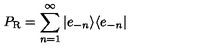
P _ { \mathrm { R } } = \sum _ { n = 1 } ^ { \infty } | e _ { - n } \rangle \langle e _ { - n } |